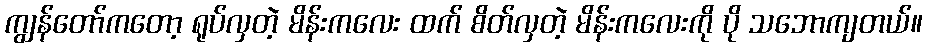
ကျွန်တော်ကတော့ ရုပ်လှတဲ့ မိန်းကလေး ထက် စိတ်လှတဲ့ မိန်းကလေးကို ပို သဘောကျတယ်။